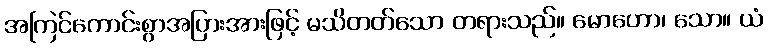
အကြင်ကောင်းစွာအပြားအားဖြင့် မသိတတ်သော တရားသည်။ မောဟော၊ သော။ ယံ